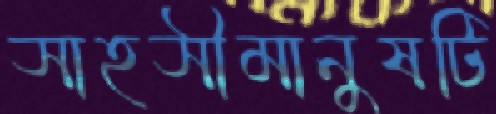
সাহসীমানুষটি